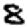
Digit: 8